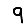
Digit: 9